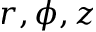
r , \phi , z